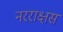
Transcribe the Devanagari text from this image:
नरराक्षस